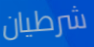
شرطيان